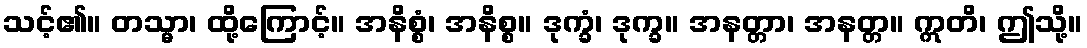
သင့်၏။ တသ္မာ၊ ထို့ကြောင့်။ အနိစ္စံ၊ အနိစ္စ။ ဒုက္ခံ၊ ဒုက္ခ။ အနတ္တာ၊ အနတ္တ။ ဣတိ၊ ဤသို့။